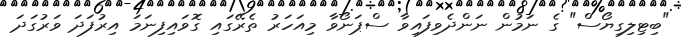
"ބިޓިލިގިޔޯސް" ގެ ނަމުން ނަންދެވިފައިވާ ސްޕަނޯވާ މިއަހަރު ތެރޭގައި ގޮވައިފިނަމަ އިރުފަދަ ވަރުގަދަ